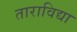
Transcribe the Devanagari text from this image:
ताराविद्या